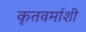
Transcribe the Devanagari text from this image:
कृतवर्माशी